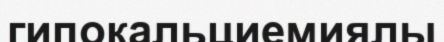
гипокальциемиялы